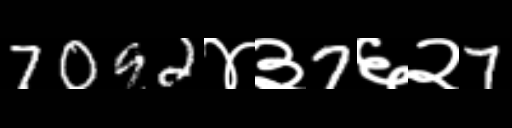
Text: 7092४३7६२7